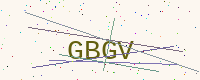
Text: GBGV